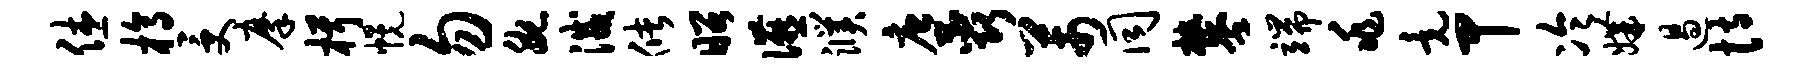
休槁受摩楫幌勿腕灭储昭宴濮唐蕊芾同攀端兆竟甲冷媾遏恃